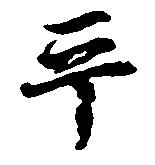
平